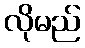
လိုမည်